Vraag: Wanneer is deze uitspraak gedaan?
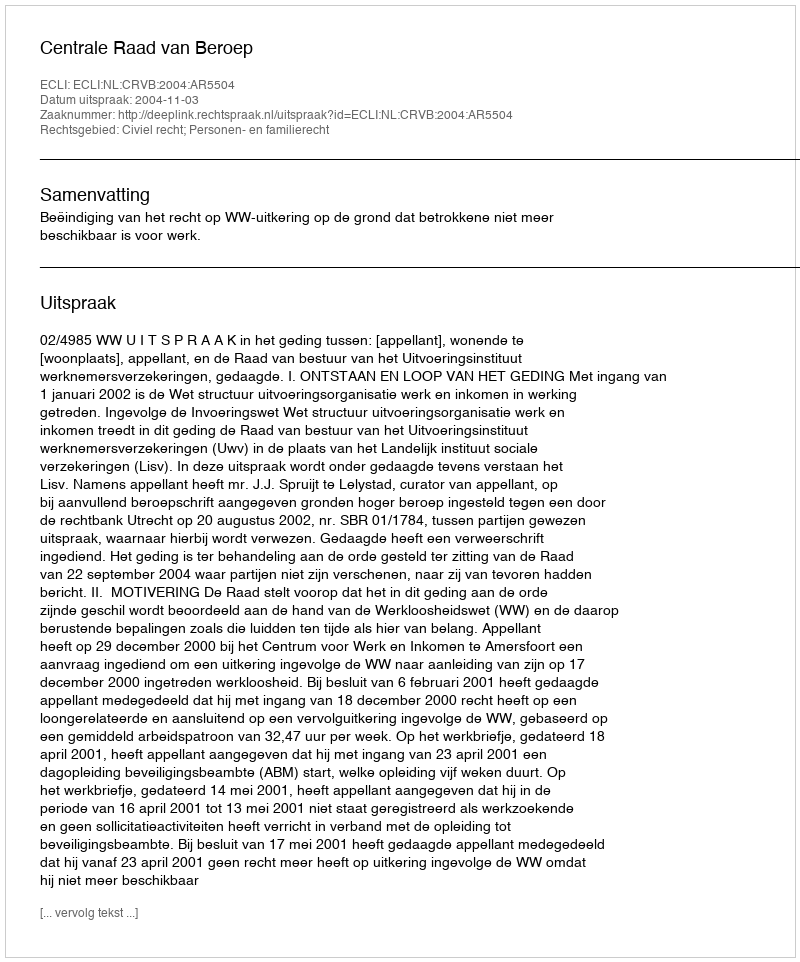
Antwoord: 2004-11-03